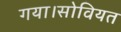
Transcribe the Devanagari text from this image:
गया।सोवियत